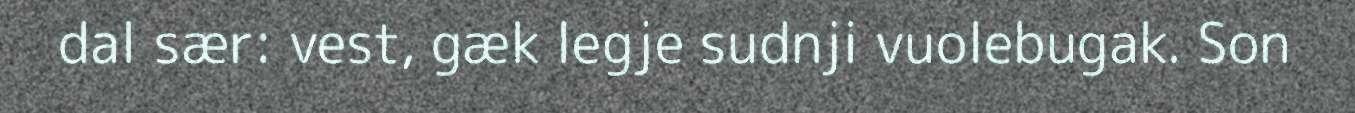
dal sær: vest, gæk legje sudnji vuolebugak. Son